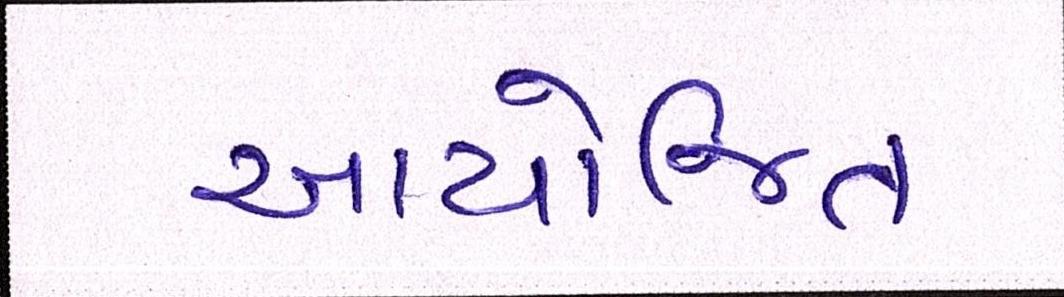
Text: આયોજિત